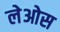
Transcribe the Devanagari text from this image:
लेओस